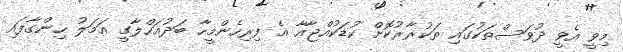
މިވީ އެވީ ދުވަސްތަކުގައި ތަކުރާރުކޮށް ކުޑަކުއްޖާއާ އެ ފިރިހެންމީހާ ބަދުއަހްލާގީ އަމަލު ހިންގާފައި